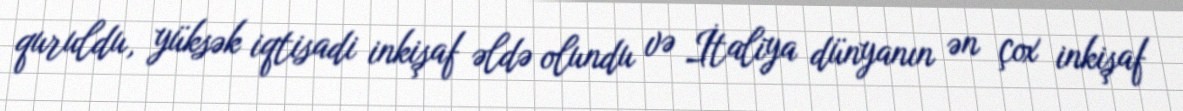
quruldu, yüksək iqtisadi inkişaf əldə olundu və İtaliya dünyanın ən çox inkişaf